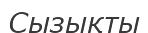
Сызықты